Development of the parasite of Indian kala azar - Number 53
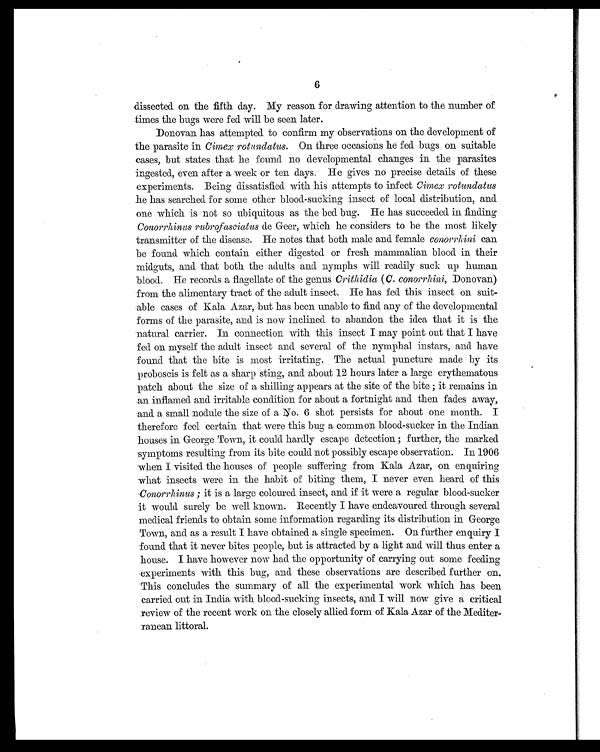
6
dissected on the fifth day. My reason for drawing attention to the number of
times the bugs were fed will be seen later.
Donovan has attempted to confirm my observations on the development of
the parasite in Cimex rotundatus. On three occasions he fed bugs on suitable
cases, but states that he found no developmental changes in the parasites
ingested, even after a week or ten days. He gives no precise details of these
experiments. Being dissatisfied with his attempts to infect Cimex rotundatus
he has searched for some other blood-sucking insect of local distribution, and
one which is not so ubiquitous as the bed bug. He has succeeded in finding
Conorrhinus rubrofasciatus de Geer, which he considers to be the most likely
transmitter of the disease. He notes that both male and female conorrhini can
be found which contain either digested or fresh mammalian blood in their
midguts, and that both the adults and nymphs will readily suck up human
blood. He records a flagellate of the genus Crithidia (C. conorrhini, Donovan)
from the alimentary tract of the adult insect. He has fed this insect on suit-
able cases of Kala Azar, but has been unable to find any of the developmental
forms of the parasite, and is now inclined to abandon the idea that it is the
natural carrier. In connection with this insect I may point out that I have
fed on myself the adult insect and several of the nymphal instars, and have
found that the bite is most irritating. The actual puncture made by its
proboscis is felt as a sharp sting, and about 12 hours later a large erythematous
patch about the size of a shilling appears at the site of the bite ; it remains in
an inflamed and irritable condition for about a fortnight and then fades away,
and a small nodule the size of a No. 6 shot persists for about one month. I
therefore feel certain that were this bug a common blood-sucker in the Indian
houses in George Town, it could hardly escape detection ; further, the marked
symptoms resulting from its bite could not possibly escape observation. In 1906
when I visited the houses of people suffering from Kala Azar, on enquiring
what insects were in the habit of biting them, I never even heard of this
Conorrhinus ; it is a large coloured insect, and if it were a regular blood-sucker
it would surely be well known. Recently I have endeavoured through several
medical friends to obtain some information regarding its distribution in George
Town, and as a result I have obtained a single specimen. On further enquiry I
found that it never bites people, but is attracted by a light and will thus enter a
house. I have however now had the opportunity of carrying out some feeding
experiments with this bug, and these observations are described further on.
This concludes the summary of all the experimental work which has been
carried out in India with blood-sucking insects, and I will now give a critical
review of the recent work on the closely allied form of Kala Azar of the Mediter-
ranean littoral.